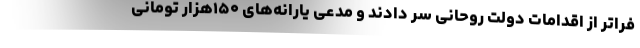
فراتر از اقدامات دولت روحانی سر دادند و مدعی یارانه‌های ۱۵۰هزار تومانی